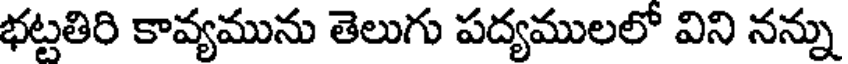
భట్టతిరి కావ్యమును తెలుగు పద్యములలో విని నన్ను